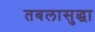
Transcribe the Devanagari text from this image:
तबलासुद्धा